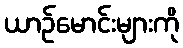
ယာဉ်မောင်းများကို